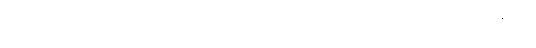
ရူပါရုံတို့၌။ သညာ၊ ဖြစ်သောသညာတည်း။ ရူပသညာ၊ ရူပါရုံ စသည် တို့၌ဖြစ်သော